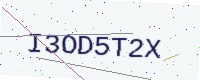
Text: I3OD5T2X